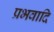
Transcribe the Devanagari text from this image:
प्रभवादि